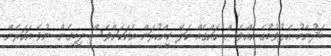
ބަދުނާމު އެޅުވުމުގެ އެއްވެސް ހައްގެއް ކަލޭ ކީއްކުރަން އެކަކަށްވެސް ލިބިގެން ނުވޭ އަހަރެން